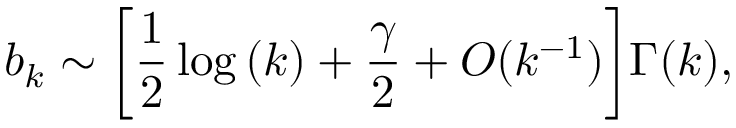
b _ { k } \sim \bigg [ \frac { 1 } { 2 } \log { ( k ) } + \frac { \gamma } { 2 } + O ( k ^ { - 1 } ) \bigg ] \Gamma ( k ) ,